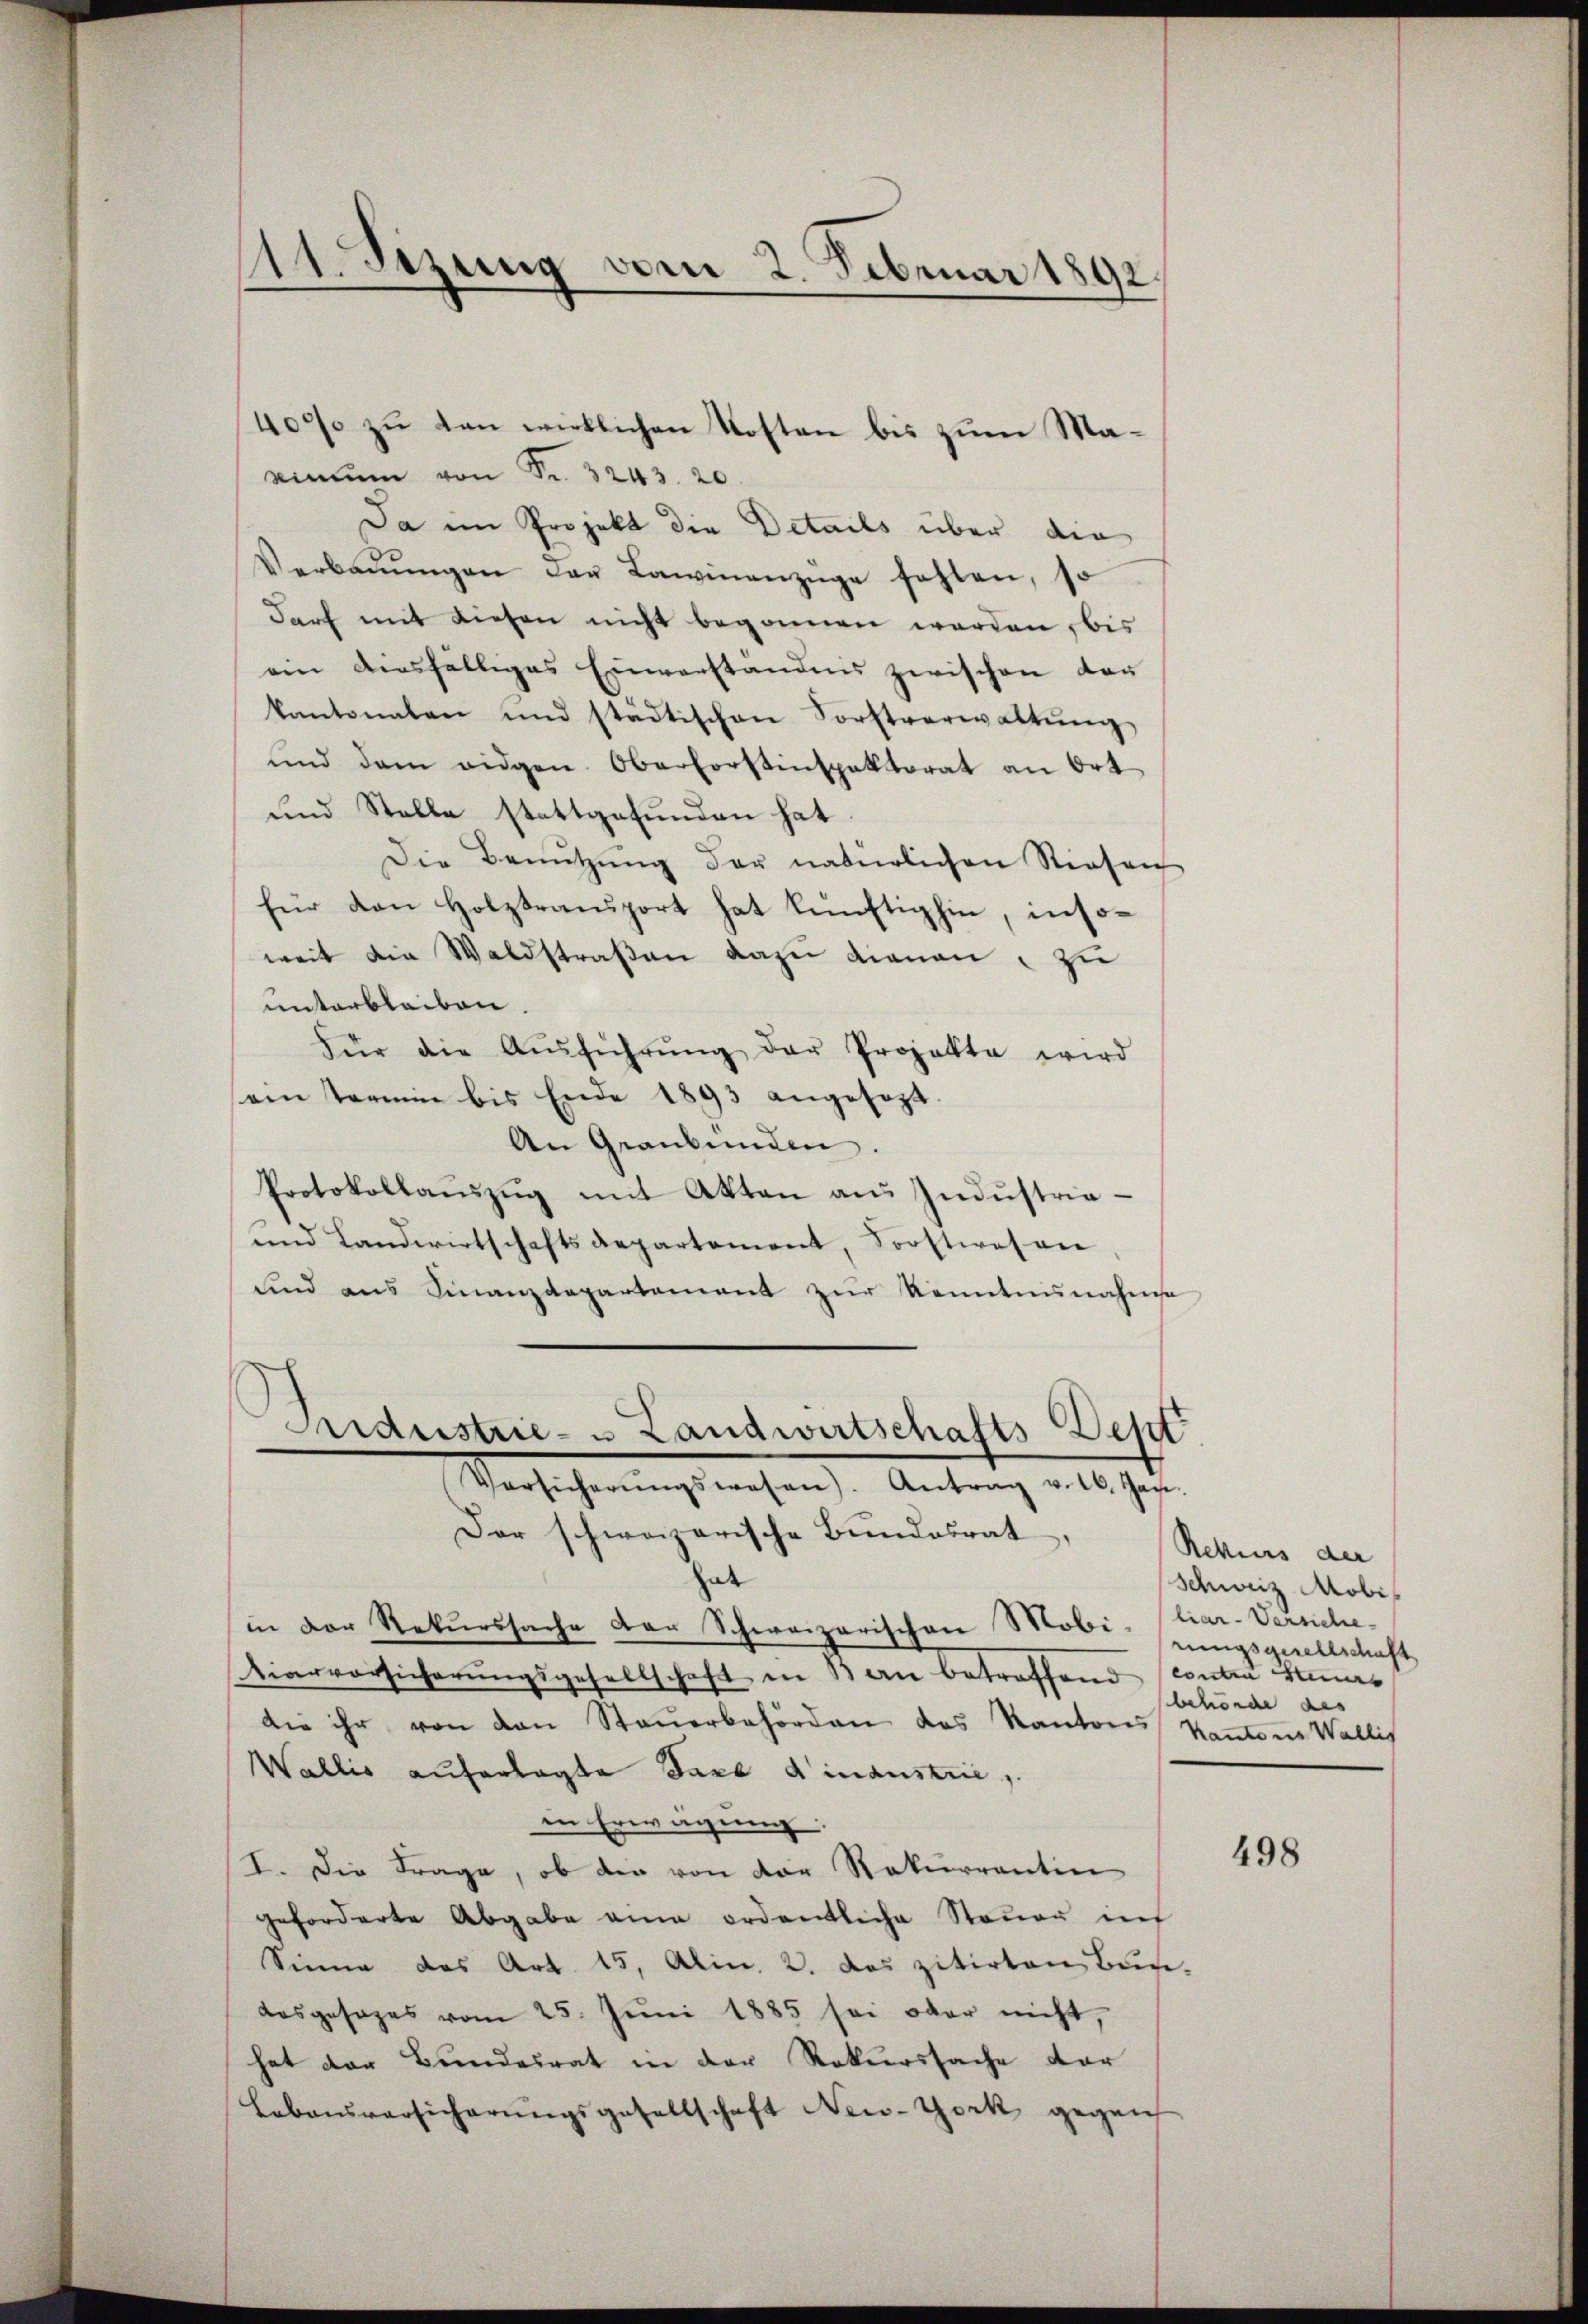
rinum von Fr. 3243. 20
Da im Projekt die Details über die
Verbaŭŭngen der Lawinenzüge fehlen, so
darf mit diesen nicht begonnen werden, bis
ein diesfälliges Einverständnis zwischen vor
kantonalen und städtischen Forstverwaltŭng
ŭnd dem eidgen. Oberforstinspektorat an Ort
und Stelle stattgefŭnden hat.
Die Benŭtzŭng der natürlichen Riesen
für den Holztransport hat künftighin, insoweit die Waldstraßen dazu dienen zu
miterbleiben.
Für die Aŭsführŭng der Projekte wird
sein Termin bis Ende 1893 angesezt.
An Graubünden.
Protokollaŭszŭg mit Akten aŭs Indŭstria-
und Landwirtschaftsdepartement, Soostwesen
sind aus Finanzdepartement zur Kenntnisnahmse
Industrie- & Landwirtschafts Sept
Versicherŭngswesen). Antrag v. 16. Jac.
Der schweizerische Bundesrat,
hat
in der Rekurssache der Schweizerischen Mobiliar-Versiche-
Hiervorsicherŭngsgesellschaft in Bern betreffend contra Steurs
die ihr von den Steuerbehörden das Kantons Kantons Wallis
Wallis auferlegte Taxe d inaustrie,
in Erwägung:
I. Die Frage, ob die von der Rekurrentin
geforderte Abgabe an ordentliche Steŭer in
Sinne das Art. 15, Alin, 2. das zitirten Bun-
dosgesages vom 25. Juni 1885 sei oder nicht,
hat der Bundesrat in der Rekurssache dar
Lebensvorsicherŭngsgesellschaft New-York gegen

111. Sizung vom 2. Februar 1892.

4000 zu den wirklichen Kosten bis zum Ma¬

Rekurs der
Schweiz Mobil
rungsgesellschaft
behörde des

498